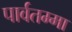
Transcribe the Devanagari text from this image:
पार्वतम्मा